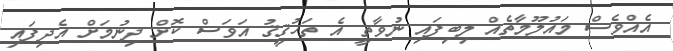
އެއްވެސް މައުލޫމާތެއް ލިބިފައި ނުވާތީ އެ ތަހުޤީޤު އަވަސް ކޮށް ދިނުމަށް އެދިފައި